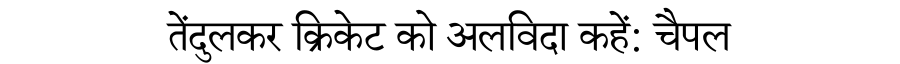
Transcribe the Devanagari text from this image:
तेंदुलकर क्रिकेट को अलविदा कहें: चैपल